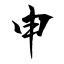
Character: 申